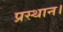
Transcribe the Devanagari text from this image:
प्रस्‍थान।